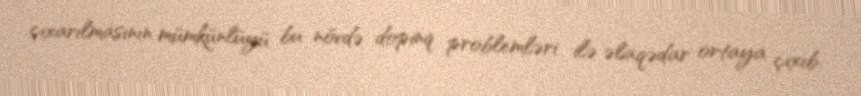
çıxarılmasının mümkünlüyü bu növdə dopinq problemləri ilə əlaqədar ortaya çıxıb.